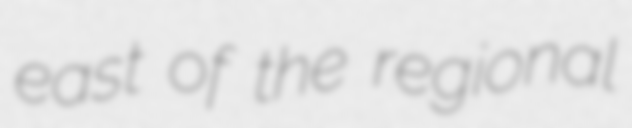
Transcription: east of the regional